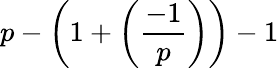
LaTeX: p-\left(1+\left({\frac{-1}{p}}\right)\right)-1